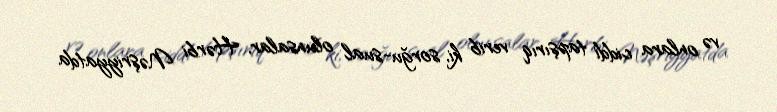
və onlara ciddi tapşırıq verib ki, sorğu-sual olunsalar, Hərbi Nəşriyyatda